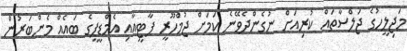
މަޖިލީހުގެ ޖަލްސާތައް ކުރިއަށް ނުގެންދެވޭނެ ކަމަށް ޖުމްހޫރީ ޕާޓީއާއި އެމްޑީޕީގެ ބައެއް މެންބަރުން